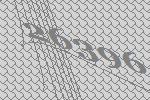
26396